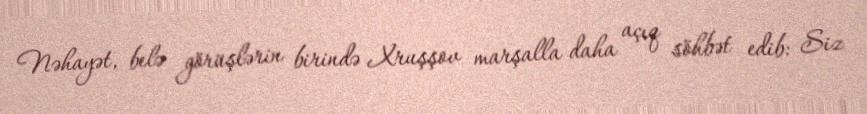
Nəhayət, belə görüşlərin birində Xruşşov marşalla daha açıq söhbət edib: Siz